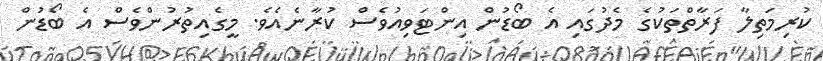
ކުރިމަތިލާ ފަރާތްތަކުގެ މެދުގައި އެ ބޯޑުން އިންޓަވިއުވެސް ކުރާނެއެވެ. މީގެއިތުރުންވެސް އެ ބޯޑުން